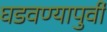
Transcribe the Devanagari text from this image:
घडवण्यापुर्वी